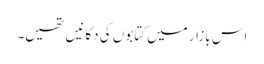
اس بازار میں کتابوں کی دکانیں تھیں۔